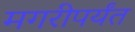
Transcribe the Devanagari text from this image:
मगरीपर्यंत